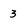
Character: 3